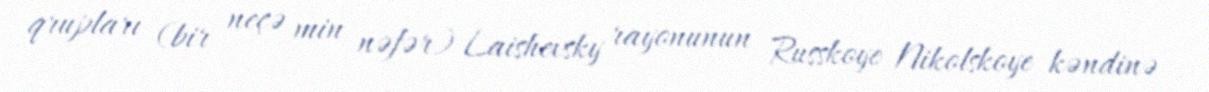
qrupları (bir neçə min nəfər) Laishevsky rayonunun Russkoye Nikolskoye kəndinə